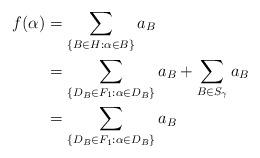
LaTeX: \begin{align*}f(\alpha) &= \sum_{\{B \in {H} : \alpha \in B\}} a_B \\&= \sum_{\{D_B \in F_1 : \alpha \in D_B\}} a_B + \sum_{ B \in S_\gamma} a_B\\&= \sum_{\{D_B \in F_1 : \alpha \in D_B\}} a_B\end{align*}